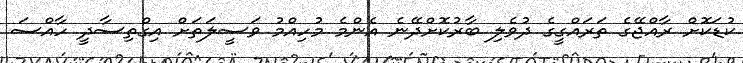
ކުޑަކޮށް ރާއްޖޭގެ ތަރައްގީގެ ދުވެލި ބާރުކޮށްދޭނެ އެންމެ މުހިއްމު ވަސީލަތަށް އިގްތިސާދީ ހާއްސަ